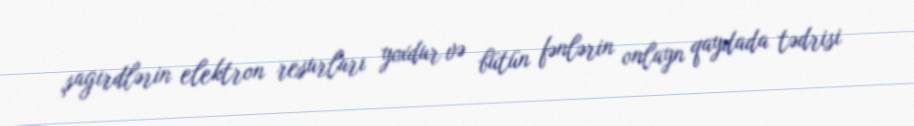
şagirdlərin elektron resurları yoxdur və bütün fənlərin onlayn qaydada tədrisi